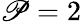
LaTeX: \mathscr{P}=2